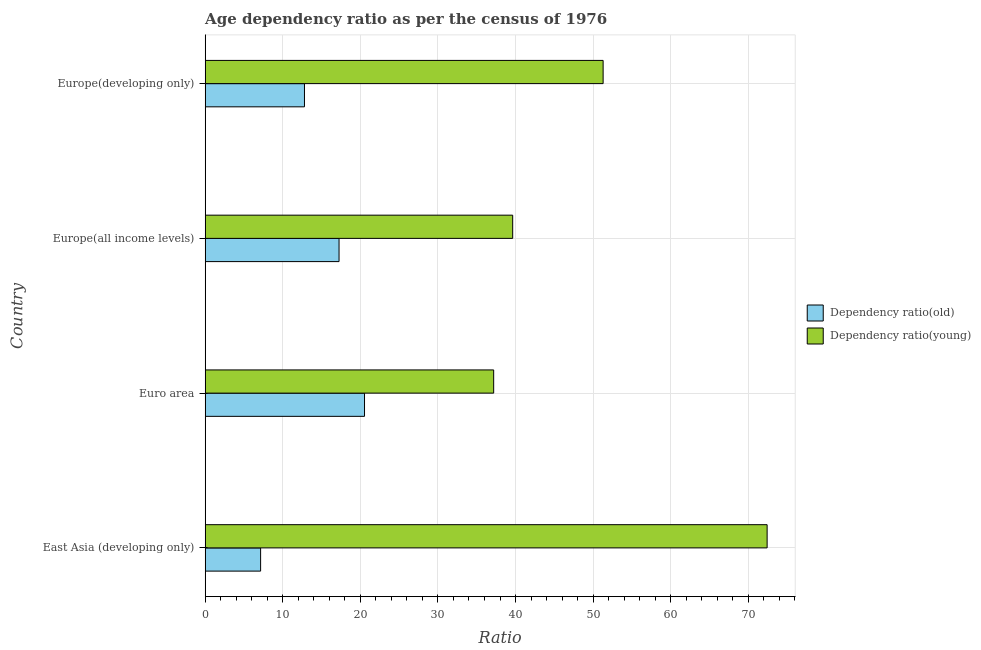
| Country | Dependency ratio(old) | Dependency ratio(young) |
 | --- | --- | --- |
 | East Asia (developing only) | 7.14 | 72.4 |
 | Euro area | 20.5 | 37.2 |
 | Europe(all income levels) | 17.3 | 39.6 |
 | Europe(developing only) | 12.8 | 51.3 |